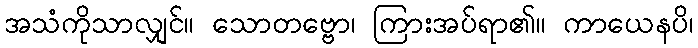
အသံကိုသာလျှင်။ သောတဗ္ဗော၊ ကြားအပ်ရာ၏။ ကာယေနပိ၊